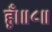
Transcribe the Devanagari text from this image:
हूँ।॥८॥